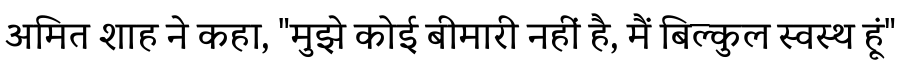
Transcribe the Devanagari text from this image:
अमित शाह ने कहा, "मुझे कोई बीमारी नहीं है, मैं बिल्कुल स्वस्थ हूं"